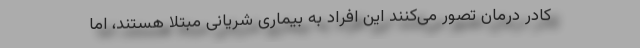
کادر درمان تصور می‌کنند این افراد به بیماری شریانی مبتلا هستند، اما